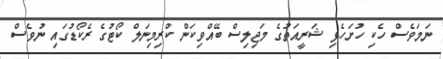
ނަމަވެސް ހެކި ހުށަހެޅި ޝަރީއަތުގެ މަޖިލިސް ބޭއްވިކަން ކްރިމިނަލް ކޯޓުގެ ރެކޯޑުގައި ނުވެސް